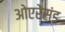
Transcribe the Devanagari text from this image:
ओएरेसंड